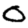
Digit: 0